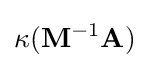
\kappa (\mathbf {M} ^{-1}\mathbf {A} )